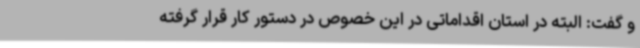
و گفت: البته در استان اقداماتی در این خصوص در دستور کار قرار گرفته